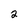
Character: 2